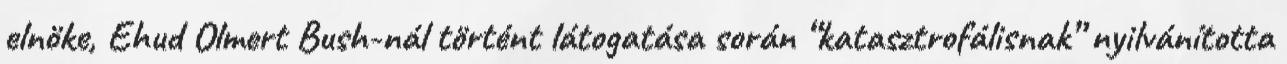
elnöke, Ehud Olmert Bush-nál történt látogatása során “katasztrofálisnak” nyilvánította